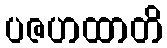
ပဇဟထာတိ